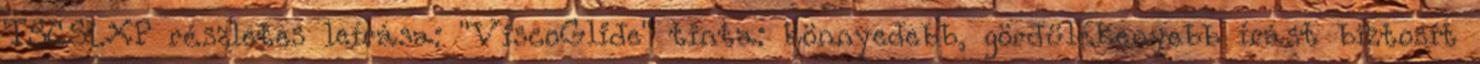
TSCSLXP részletes leírása: "ViscoGlide" tinta: könnyedebb, gördülékenyebb írást biztosít